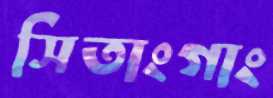
সিতাংগাং